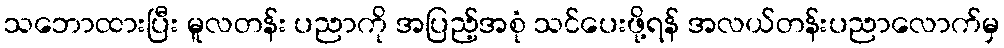
သဘောထားပြီး မူလတန်း ပညာကို အပြည့်အစုံ သင်ပေးဖို့ရန် အလယ်တန်းပညာလောက်မှ